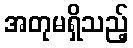
အတုမရှိသည့်